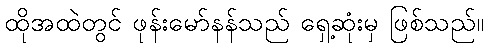
ထိုအထဲတွင် ဖုန်းမော်နန်သည် ရှေ့ဆုံးမှ ဖြစ်သည်။